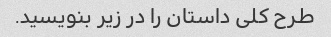
طرح کلی داستان را در زیر بنویسید.